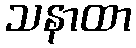
သနာထာ